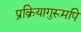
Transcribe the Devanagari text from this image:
प्रक्रियागुरूमपि